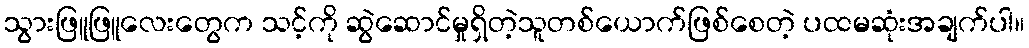
သွားဖြူဖြူလေးတွေက သင့်ကို ဆွဲဆောင်မှုရှိတဲ့သူတစ်ယောက်ဖြစ်စေတဲ့ ပထမဆုံးအချက်ပါ။